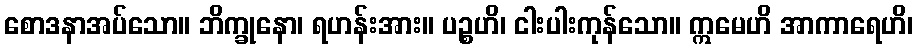
စောဒနာအပ်သော။ ဘိက္ခုနော၊ ရဟန်းအား။ ပဉ္စဟိ၊ ငါးပါးကုန်သော။ ဣမေဟိ အာကာရေဟိ၊